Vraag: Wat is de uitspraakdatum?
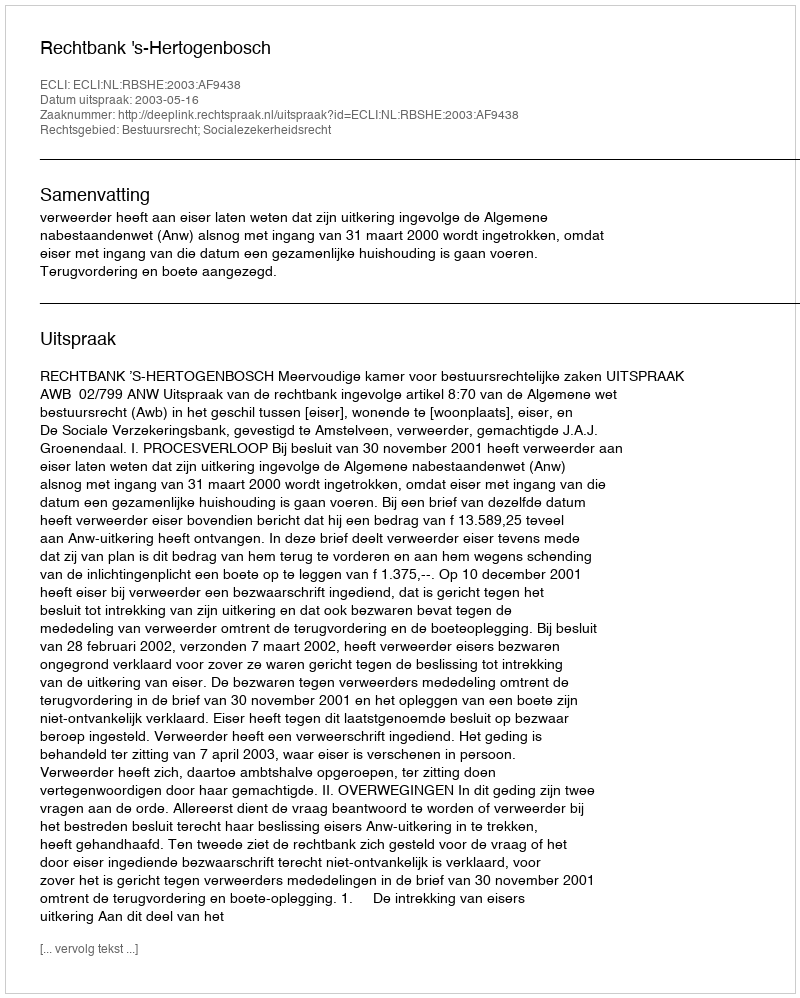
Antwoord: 2003-05-16